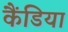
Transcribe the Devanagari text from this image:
कैंडिया